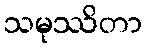
သမုဿိတာ